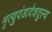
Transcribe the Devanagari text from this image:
मृत्युदंडादेशतुल्य